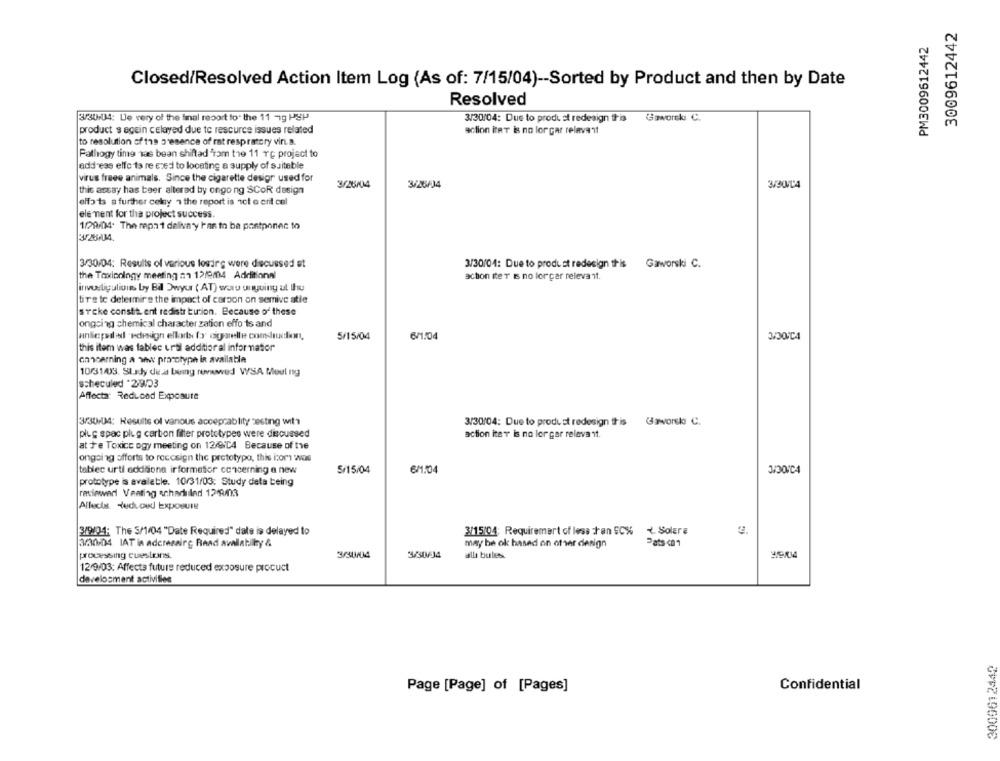
3009612442
PM3009612442
Closed/Resolved Action Item Log (As of: 7/15/04) -- Sorted by Product and then by Date
Resolved
3/30-04: Le very of the final report to the 11 -1g PgP
3/30/04: Due to produ st redesign tris
Gaworski C.
product s agein celayed due to resource issues related
action iter is no lorcar relevant
to resolution of the presence of rat respiratory vin. a.
Pathogy time was bean shifted "ram the 11 TE project to
address elfo ta re ezed to locating a supply of suiteble
virus freee animals. Since the cigarette desigr used for
this assay has beer alterad by ongo ng SCoR design
3/26/04
3/26/34
efforts a further celny 7 the report is ict e crit cel
ele ment for the project success.
1/29/04. The repat deliva y has to be postponec to
3/30/04: Results of various losing were discussed st
3/30/04: Due to produst redesign this
Gaworski C.
the Taxioningy meeting na 12/9m4 Additional
action iter is no lorcer relevant.
investigulions by Bil Dwyur ( AT) waro unguiny ul Ihu
tire te determine the impact of carbon on semive atie
steke constitu ent redistr bution. Because of these
ongoing chemical character zation effo ts and
anlicpalad 'edesign ellots fx cigarelle consduation,
5/15/04
6/1:04
this item was tablec urtil additional informator
annoarning a www pracotype is available
10/31/03. SLady de.at being reviewed WSA Meel ng
scheculed *29/03
Affecta: Reduced Exposure
3/30/04: Results of various acceprablity testing with
3/30/04: Due to produst redesign this
Gaworsk C.
plug spac plug carbon filter prototypes were discussed
action iter is no lor gar relevant.
at fe Toxice ogy meeting on 12/04 Because of the
ongoing offorts to reccsign the prototypa, this icom was
tablec urti addisona information concerning a new
5/15/04
6/1:04
prototype is available. 10/31/03: Study data being
reviewed Venting acharhuiled 129/03
Allects deduced Exposure
3/9/01; The S/1/04 "Date Required" date is delayed to
3/15/04: Requiremert of less than SC%
4. Solare
3/30/04 LAT in aderesairg Read avallabilly &
may be ok based on other design
processing cuestions.
3/30/04
3/30/4
alli bules.
12/9/03: Affects future reduced exposure procuct
develosment activities
3009612442
Confidential
Page [Page] of [Pages]